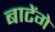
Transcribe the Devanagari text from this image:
बाटेंगे